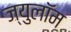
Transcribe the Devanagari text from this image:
ज्युलॉम